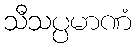
သီသပ္ပမာဏံ